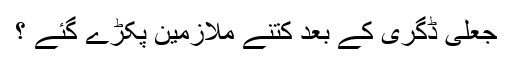
جعلی ڈگری کے بعد کتنے ملازمین پکڑے گئے ؟